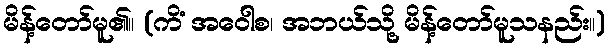
မိန့်တော်မူ၏။ (ကိံ အဝေါစ၊ အဘယ်သို့ မိန့်တော်မူသနည်း။)